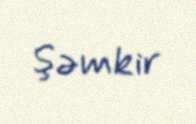
Şəmkir